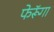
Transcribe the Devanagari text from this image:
फेरूॅगा